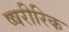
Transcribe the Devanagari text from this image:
ष्षरीरिक